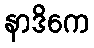
နာဒိကေ